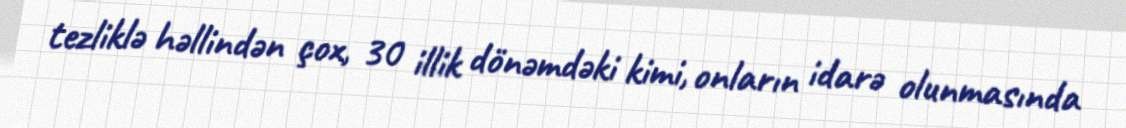
tezliklə həllindən çox, 30 illik dönəmdəki kimi, onların idarə olunmasında